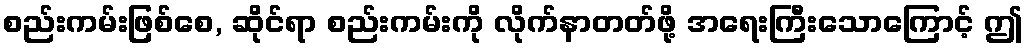
စည်းကမ်းဖြစ်စေ, ဆိုင်ရာ စည်းကမ်းကို လိုက်နာတတ်ဖို့ အရေးကြီးသောကြောင့် ဤ